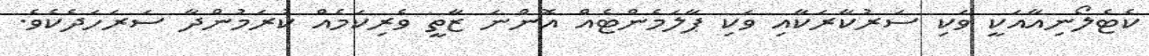
ކެޓެލޯނިއާއަކީ ވަކި ސަރުކާރަކާއި ވަކި ޕާލަމެންޓެއް އޮންނަ ޒާތީ ވެރިކަމެއް ކުރަމުންދާ ސަރަހަދެކެވެ.